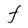
Character: F